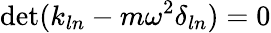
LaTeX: \operatorname*{det}(k_{ln}-m\omega^{2}\delta_{ln})=0